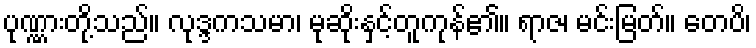
ပုဏ္ဏားတို့သည်။ လုဒ္ဒကသမာ၊ မုဆိုးနှင့်တူကုန်၏။ ရာဇ၊ မင်းမြတ်။ တေပိ၊